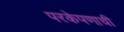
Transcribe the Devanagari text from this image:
परकेपणाची